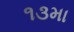
૧૩મા